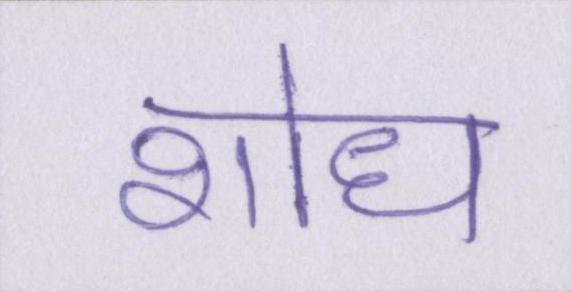
शोध